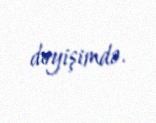
dəyişimdə.